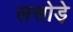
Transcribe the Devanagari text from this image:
लसोडे़